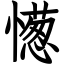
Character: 憽